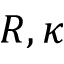
R , \kappa